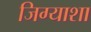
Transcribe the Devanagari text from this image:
जिग्याशा